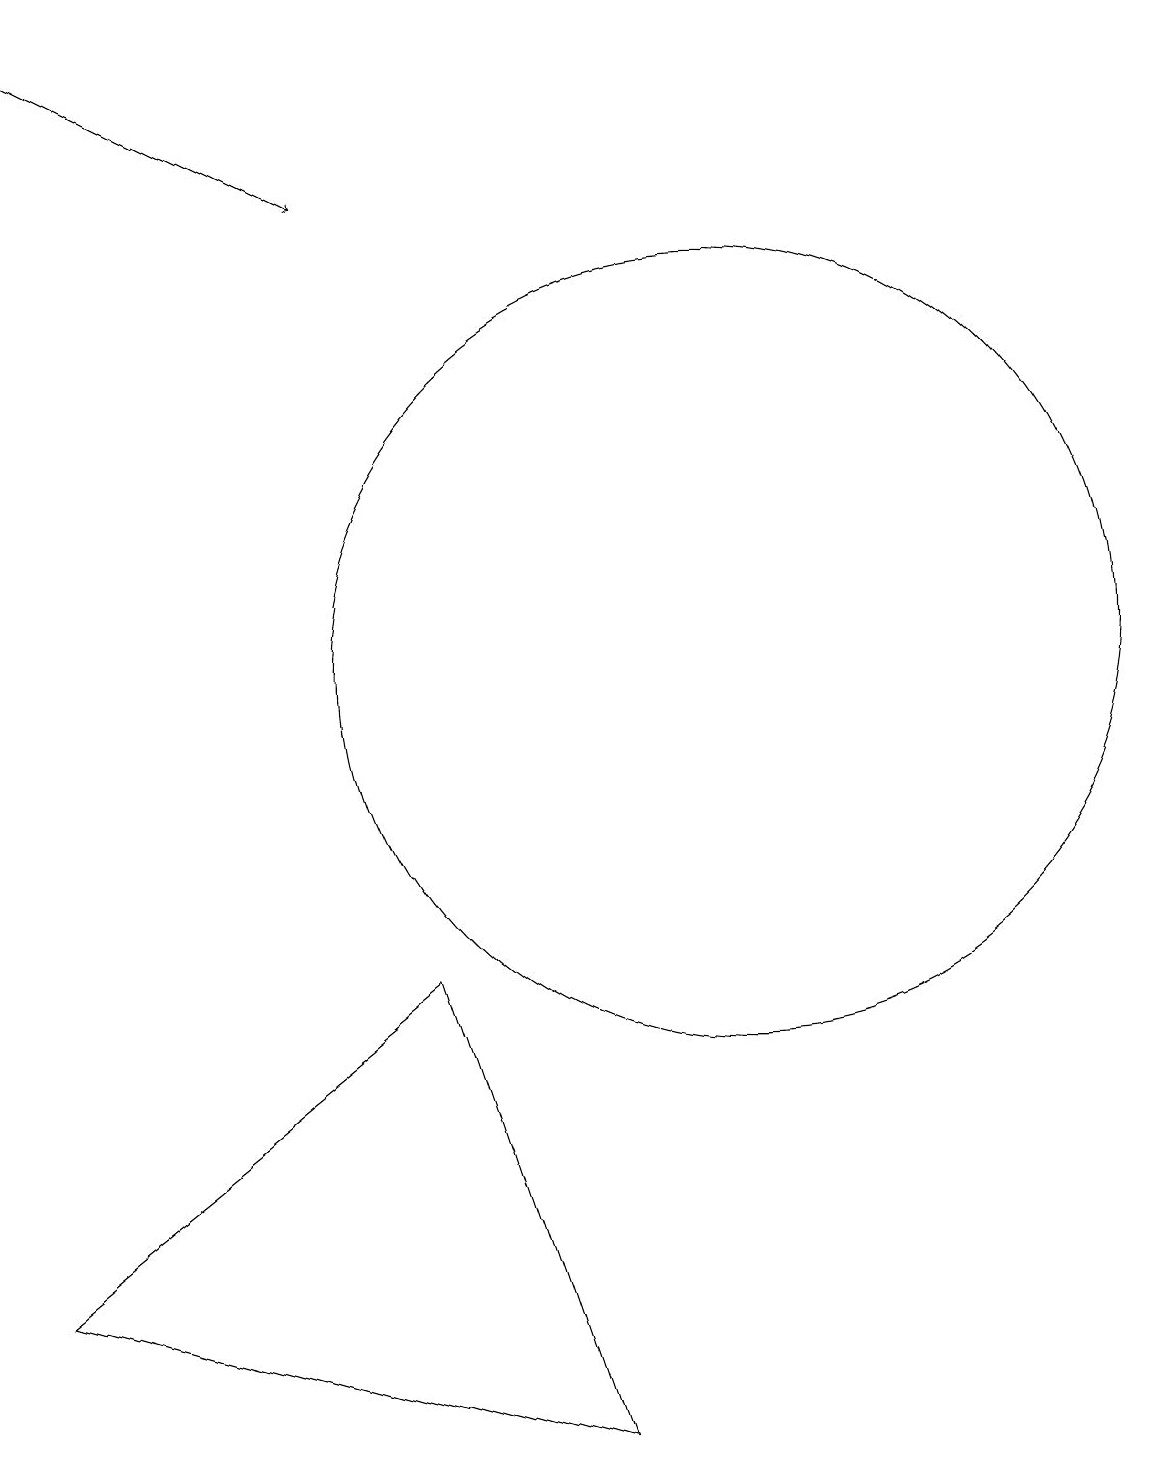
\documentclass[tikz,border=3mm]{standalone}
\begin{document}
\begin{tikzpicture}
\draw (11,11) circle (5);
\draw[->] (2,19) -- (6,17);
\draw (7,7) -- (2,3) -- (9,1) -- cycle;
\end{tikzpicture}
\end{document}